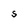
Character: S